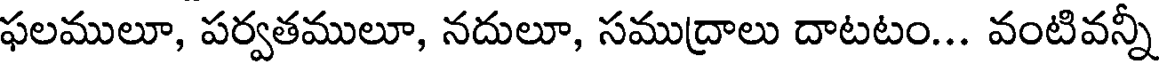
ఫలములూ, పర్వతములూ, నదులూ, సముద్రాలు దాటటం... వంటివన్నీ